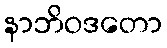
နာဘိဝဒတော